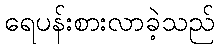
ရေပန်းစားလာခဲ့သည်